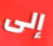
إلى